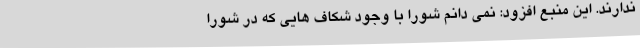
ندارند. این منبع افزود: نمی دانم شورا با وجود شکاف هایی که در شورا